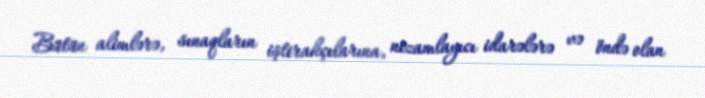
Bütün alimlərə, sınaqların iştirakçılarına, nizamlayıcı idarələrə və öndə olan